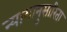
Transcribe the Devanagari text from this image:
न्यायानुसारिता